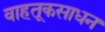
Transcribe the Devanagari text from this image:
वाहतूकसाधन